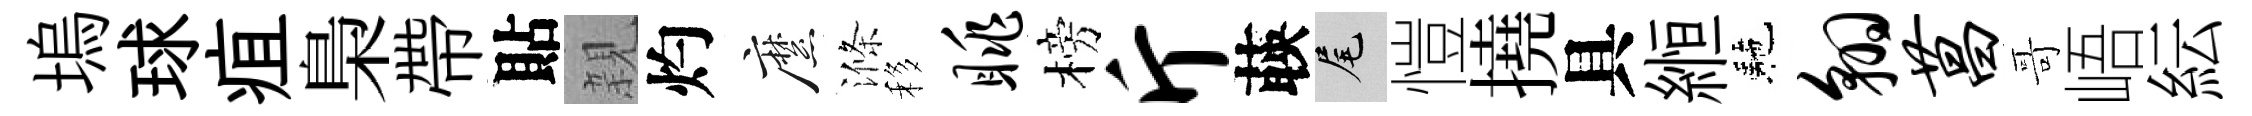
塢球疽梟帶貼親灼縻滌移眺榜斤𦴤尾愷撓具縆駰翱菖哥峿紜